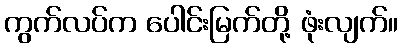
ကွက်လပ်က ပေါင်းမြက်တို့ ဖုံးလျက်။